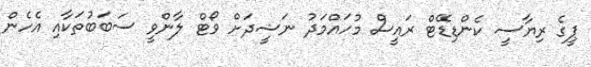
ޕީގެ ރިޔާސީ ކެންޑިޑޭޓް ރައީސް މުހައްމަދު ނަޝީދަށް ވޯޓް ލާންވީ ސަބަބުތަކާއި އެހެން